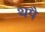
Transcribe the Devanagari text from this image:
थपै